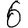
Digit: 6